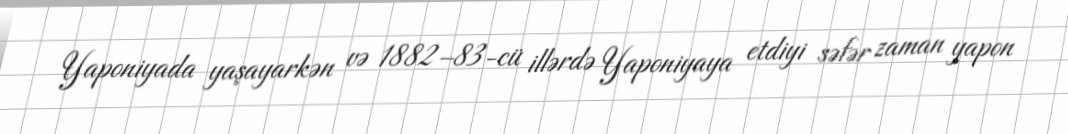
Yaponiyada yaşayarkən və 1882–83-cü illərdə Yaponiyaya etdiyi səfər zaman yapon